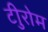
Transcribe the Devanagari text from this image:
टीुरोम